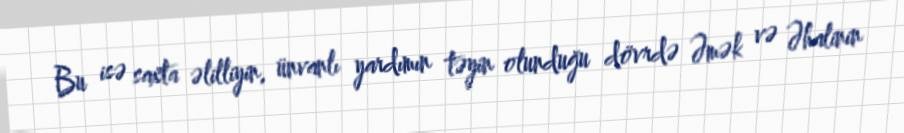
Bu isə saxta əlilliyin, ünvanlı yardımın təyin olunduğu dövrdə Əmək və Əhalinin